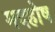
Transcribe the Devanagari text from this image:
मदहोष